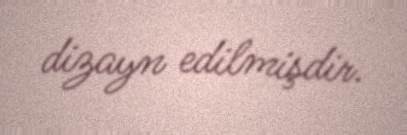
dizayn edilmişdir.